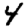
Digit: 4